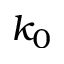
k _ { 0 }